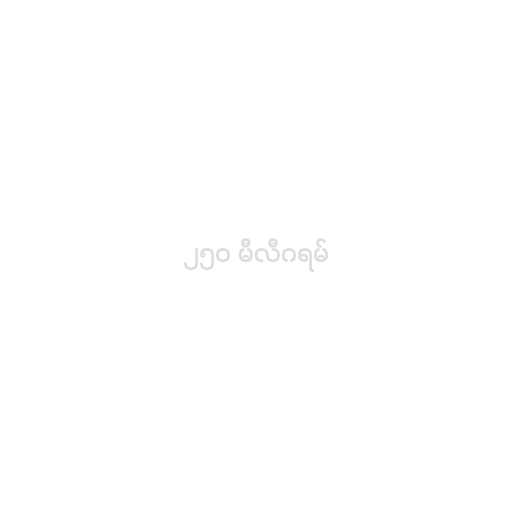
၂၅၀ မီလီဂရမ်